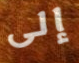
إلى